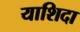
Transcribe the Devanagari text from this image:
याशिदा